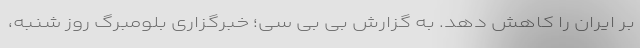
بر ایران را کاهش دهد. به گزارش بی بی سی؛ خبرگزاری بلومبرگ روز شنبه،